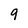
Character: 9